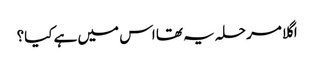
اگلا مرحلہ یہ تھا اس میں ہے کیا؟